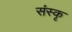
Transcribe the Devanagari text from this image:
संस्कृ